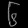
Digit: ၆